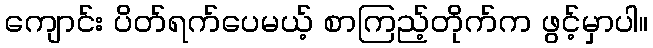
ကျောင်း ပိတ်ရက်ပေမယ့် စာကြည့်တိုက်က ဖွင့်မှာပါ။